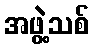
အဖွဲ့သစ်